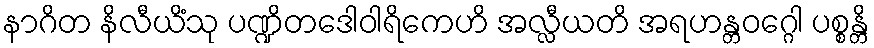
နာဂိတ နိလီယိံသု ပဏ္ဍိတဒေါဝါရိကေဟိ အလ္လီယတိ အရဟန္တဝဂ္ဂေါ ပစ္စန္တိ